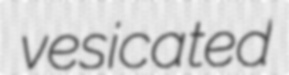
vesicated